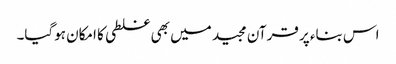
اس بناء پر قرآن مجید میں بھی غلطی کا امکان ہوگیا۔